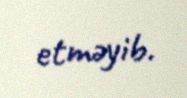
etməyib.